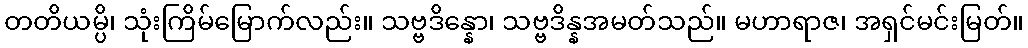
တတိယမ္ပိ၊ သုံးကြိမ်မြောက်လည်း။ သဗ္ဗဒိန္နော၊ သဗ္ဗဒိန္နအမတ်သည်။ မဟာရာဇ၊ အရှင်မင်းမြတ်။